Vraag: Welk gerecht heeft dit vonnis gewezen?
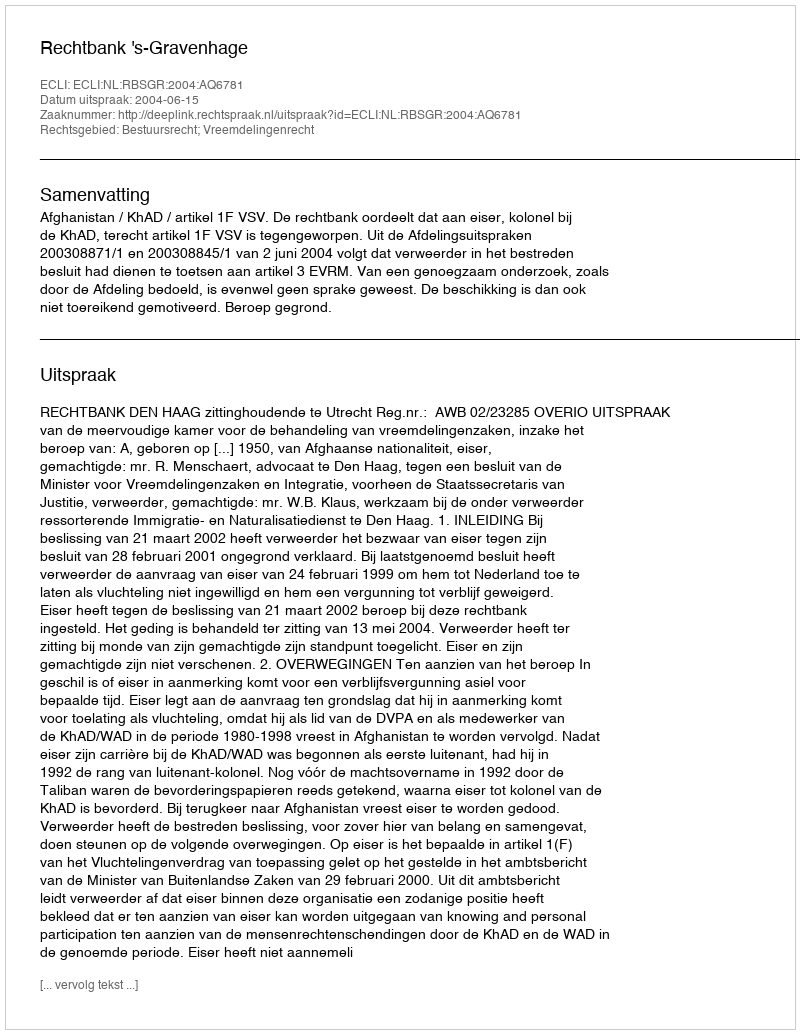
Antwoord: Rechtbank 's-Gravenhage